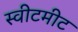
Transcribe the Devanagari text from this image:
स्वीटमीट